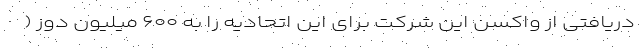
دریافتی از واکسن این شرکت برای این اتحادیه را به ۶۰۰ میلیون دوز (